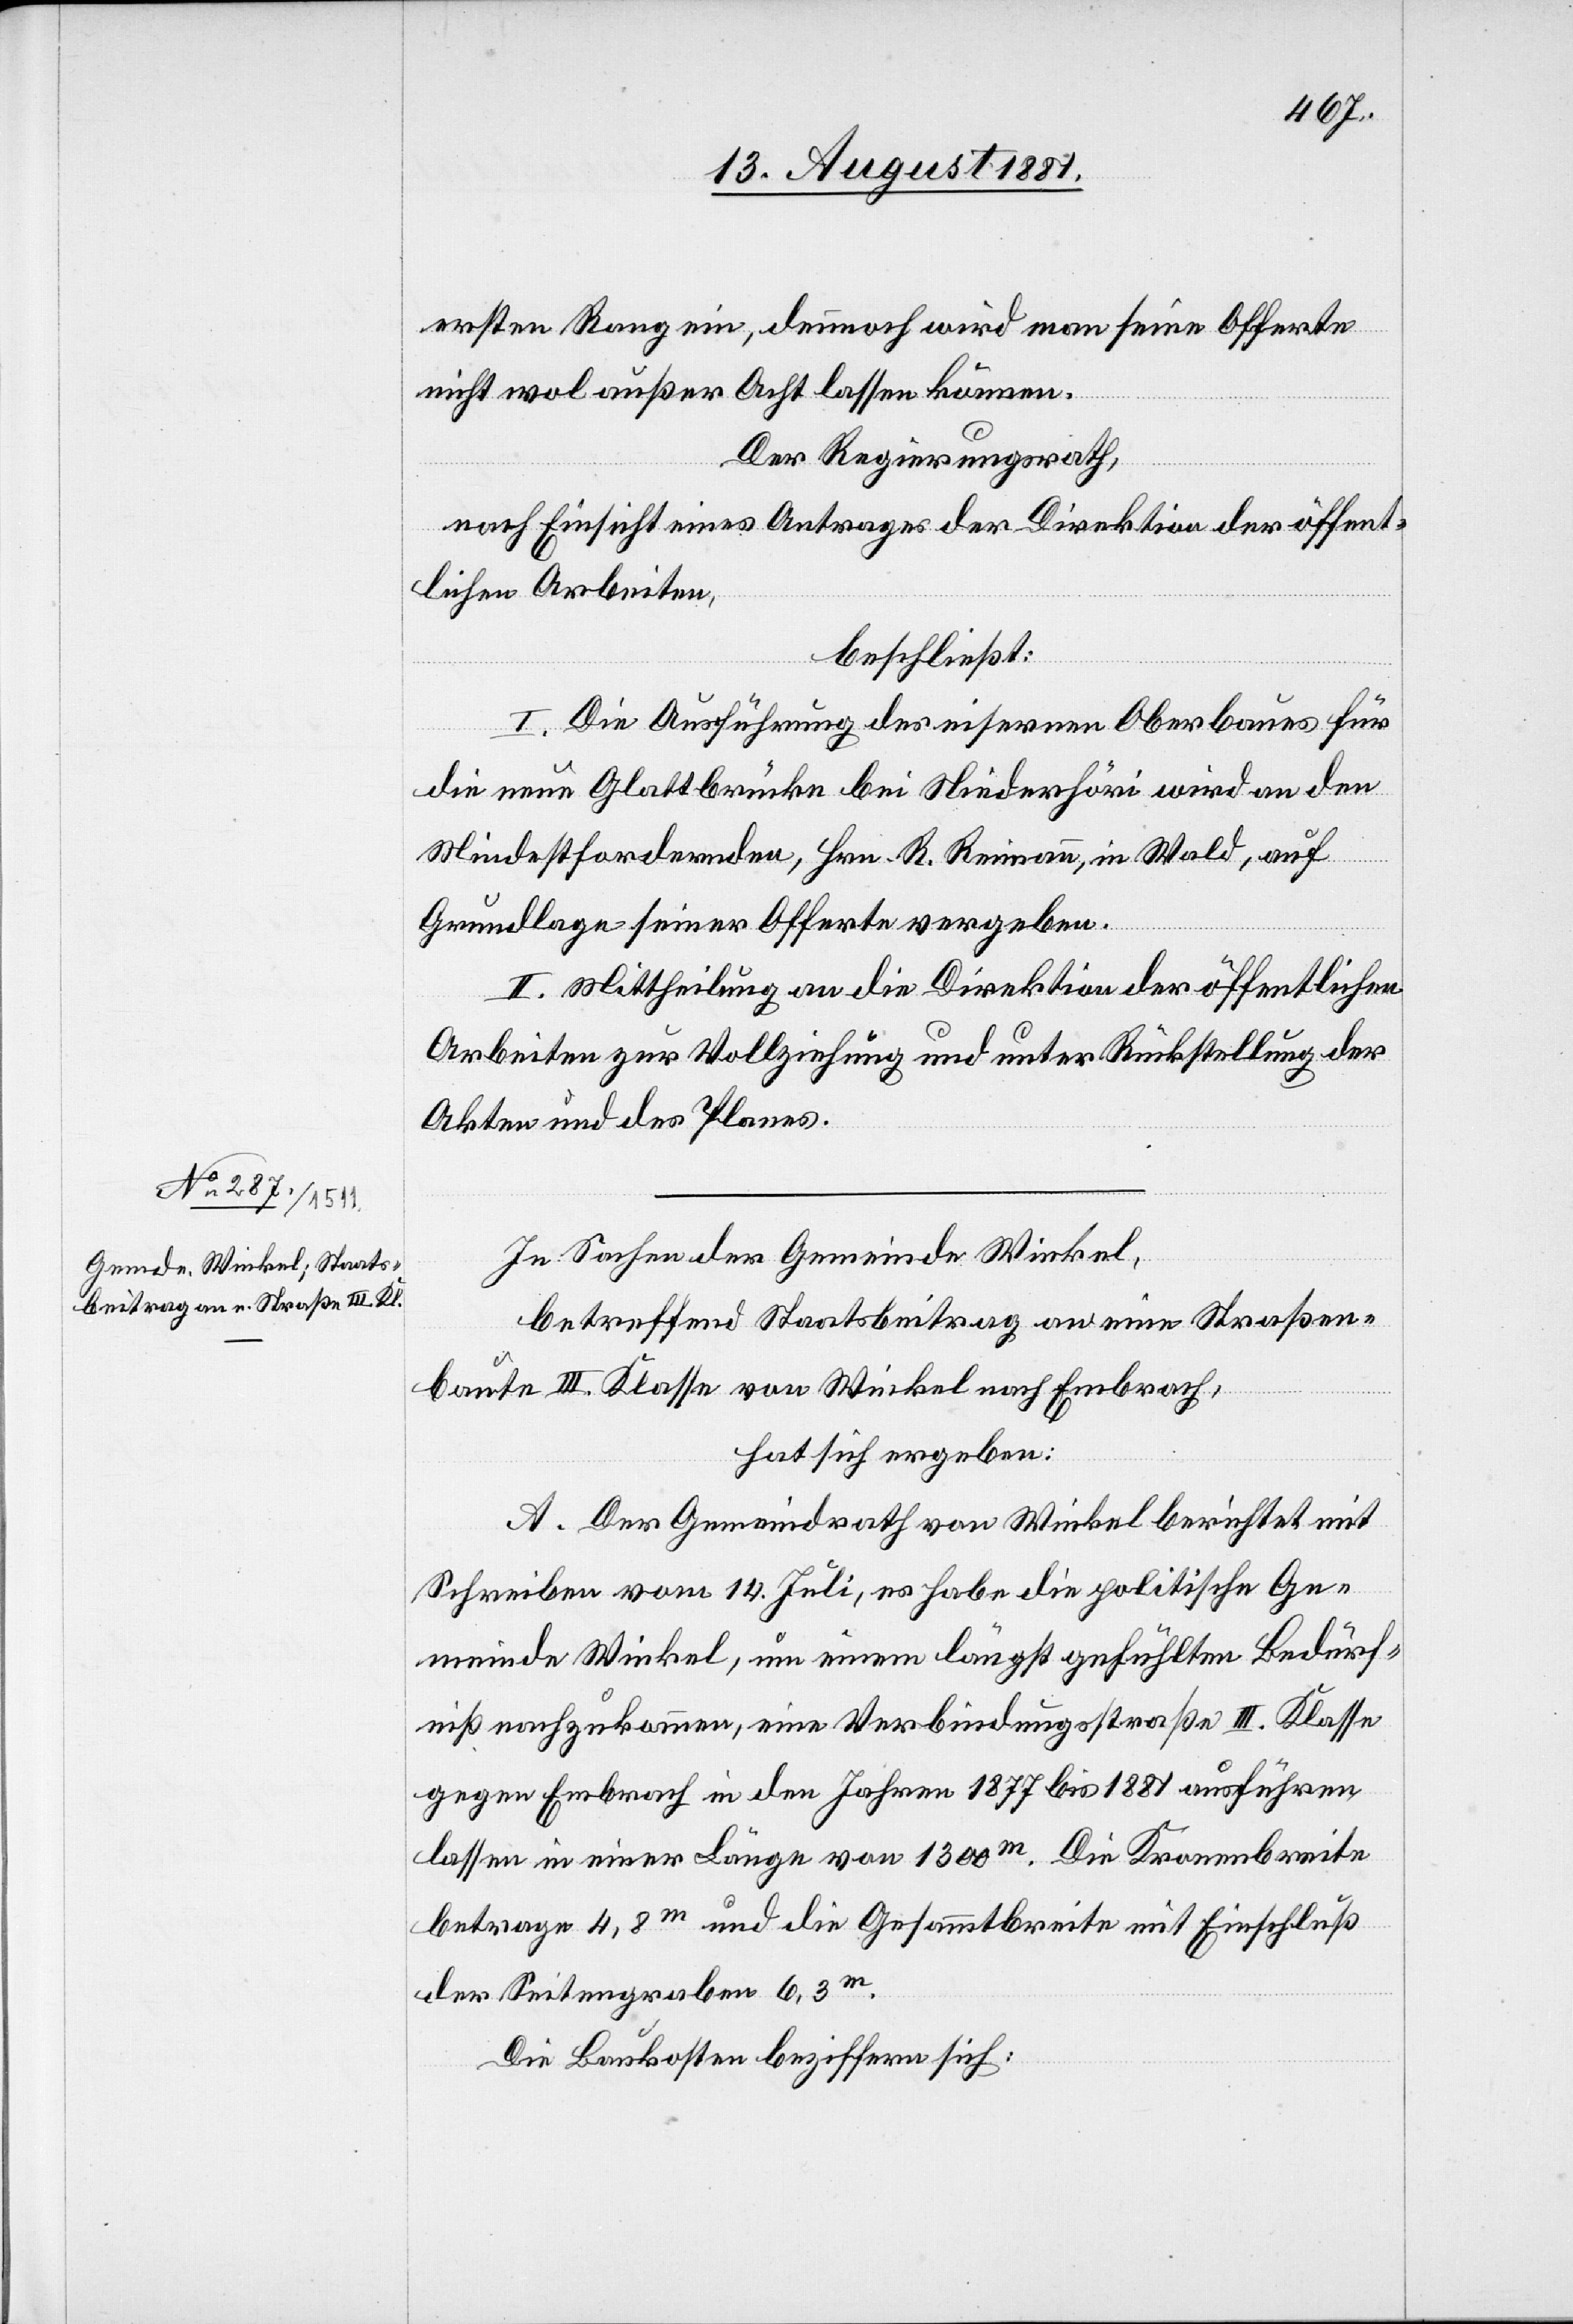
ersten Rang ein, dennoch wird man seine Offerte
nicht wol außer Acht lassen können.
Der Regierungsrath,
nach Einsicht eines Antrages der Direktion der öffent¬
lichen Arbeiten,
beschließt:
I. Die Ausführung des eisernen Oberbaues für
die neue Glattbrücke bei Niederhöri wird an den
Mindestfordernden, Hrn. R. Reimann, in Wald, auf
Grundlage seiner Offerte vergeben.
II. Mittheilung an die Direktion der öffentlichen
Arbeiten zur Vollziehung und unter Rückstellung der
Akten und des Planes.
In Sachen der Gemeinde Winkel,
betreffend Staatsbeitrag an eine Straßen¬
baute III. Klasse von Winkel nach Embrach,
hat sich ergeben:
A. Der Gemeindrath von Winkel berichtet mit
Schreiben vom 14. Juli, es habe die politische Ge¬
meinde Winkel, um einem längst gefühlten Bedürf¬
niß nachzukommen, eine Verbindungsstraße III. Klasse
gegen Embrach in den Jahren 1877 bis 1881 ausführen
lassen in einer Länge von 1300m. Die Kronenbreite
betrage 4,8m und die Gesammtbreite mit Einschluß
der Seitengraben 6,3m.
Die Baukosten beziffern sich: